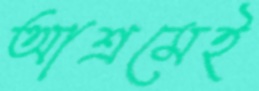
আশ্রমেই